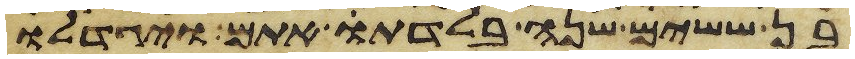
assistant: בן ששים שנה בלדת אתם ויגדלו